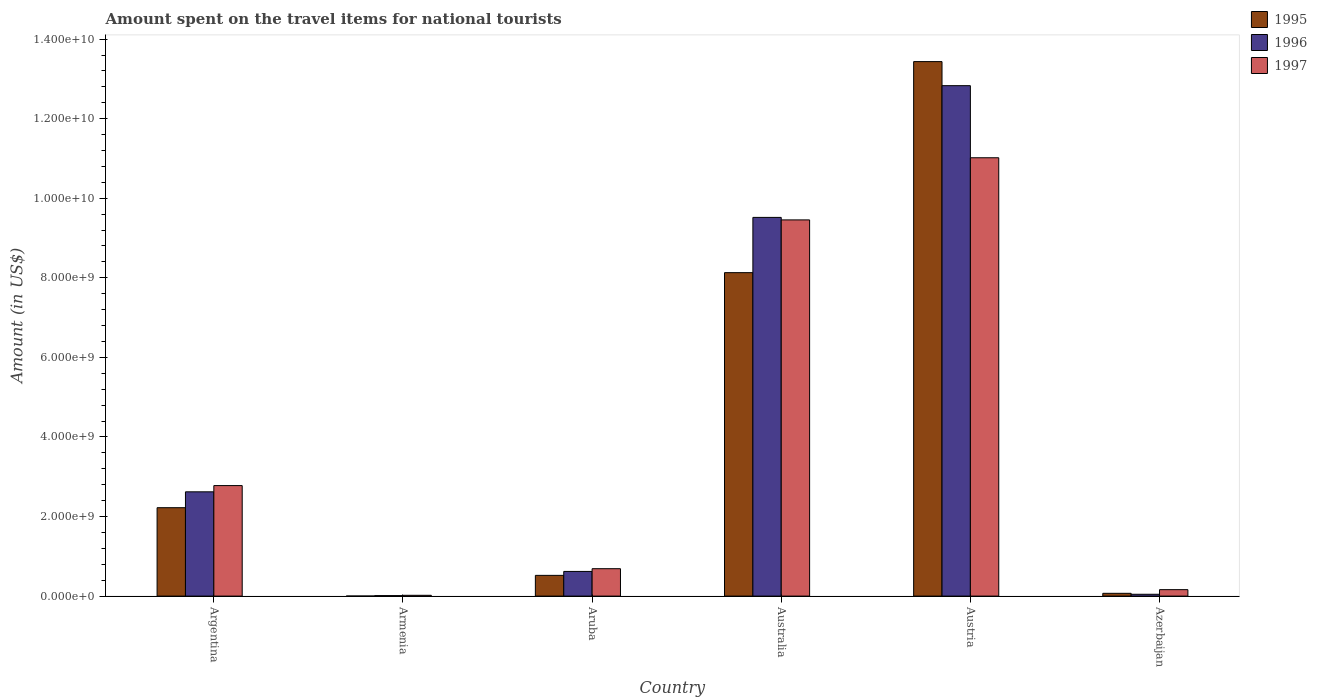
| Country | 1995 | 1996 | 1997 |
 | --- | --- | --- | --- |
 | Argentina | 2.22e+09 | 2.62e+09 | 2.78e+09 |
 | Armenia | 1e+06 | 1.2e+07 | 2e+07 |
 | Aruba | 5.21e+08 | 6.2e+08 | 6.89e+08 |
 | Australia | 8.13e+09 | 9.52e+09 | 9.46e+09 |
 | Austria | 1.34e+10 | 1.28e+10 | 1.1e+10 |
 | Azerbaijan | 7e+07 | 4.6e+07 | 1.62e+08 |